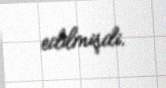
edilmişdi.